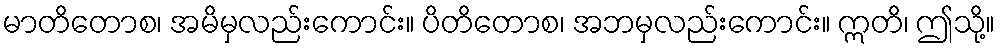
မာတိတောစ၊ အမိမှလည်းကောင်း။ ပိတိတောစ၊ အဘမှလည်းကောင်း။ ဣတိ၊ ဤသို့။